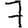
Digit: 7